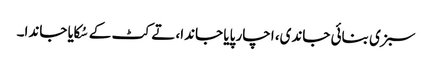
سبزی بنائی جاندی، اچار پایا جاندا، تے کٹ کے سُکایا جاندا۔